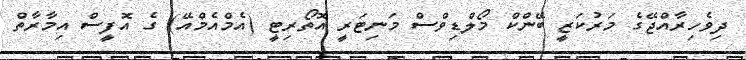
ދިވެހިރާއްޖޭގެ މަރުކަޒީ ބޭންކް މޯލްޑިވްސް މަނިޓަރީ އޮތޯރިޓީ (އެމްއެމްއޭ) ގެ އޮފީސް އިމާރާތް